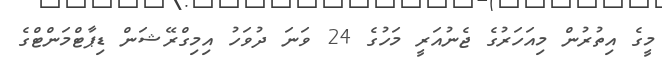
މީގެ އިތުރުން މިއަހަރުގެ ޖެނުއަރީ މަހުގެ 24 ވަނަ ދުވަހު އިމިގްރޭޝަން ޑިޕާޓްމަންޓްގެ